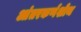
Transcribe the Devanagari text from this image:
आंतरकर्णशोथ